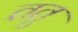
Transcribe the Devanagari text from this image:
ततु